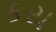
કય